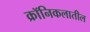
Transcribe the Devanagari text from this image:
क्रॉनिकलातील